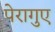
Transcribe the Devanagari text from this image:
पेरागुए